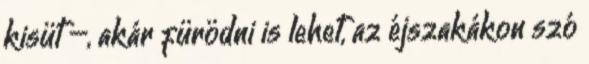
kisüt –, akár fürödni is lehet, az éjszakákon szó